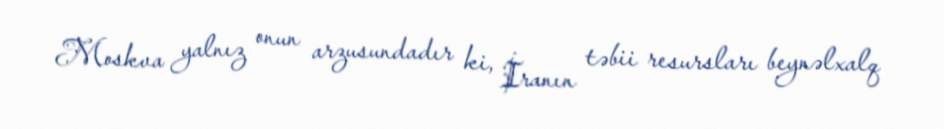
Moskva yalnız onun arzusundadır ki, İranın təbii resursları beynəlxalq